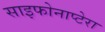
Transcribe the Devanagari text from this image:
साइफोनाप्टेरा